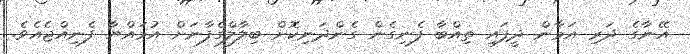
އޭނާގެ ދަރި އަމާން ދީފައި ތިއްބާ ފެނިގެން ގެންދަނިކޮށް ބިލާލްގެފާނަށް އުމައްޔާ ފެނިއްޖެއެވެ.